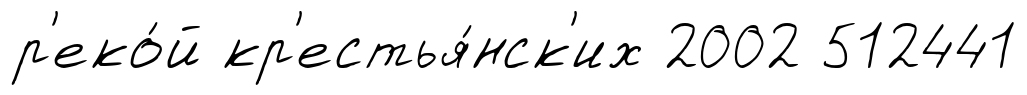
р'еко́й кр'естья́нск'их 2002 512441